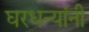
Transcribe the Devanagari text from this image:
घरधन्यांनी